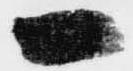
一